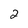
Character: 2